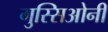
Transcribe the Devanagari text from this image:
गुस्सिओनी